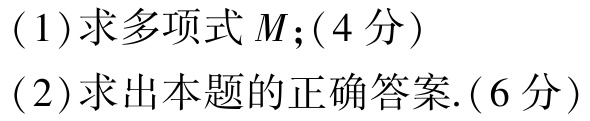
(1)求多项式 \(M\);(4分)
(2)求出本题的正确答案.(6分)